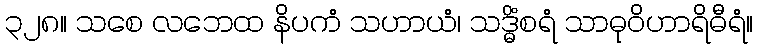
၃၂၈။ သစေ လဘေထ နိပကံ သဟာယံ၊ သဒ္ဓိံစရံ သာဓုဝိဟာရိဓီရံ။